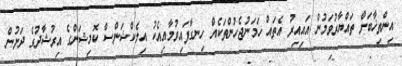
އިންތިޚާބަށް ތައްޔާރުވަމުން އައިއިރު އެތައް ހަމަނުޖެހުންތަކެއް ހިނގާފައިވުމާއިއެކު އިލެކްޝަންސް ކޮމިޝަންގެ އިރުޝާދުގެ ދަށުން